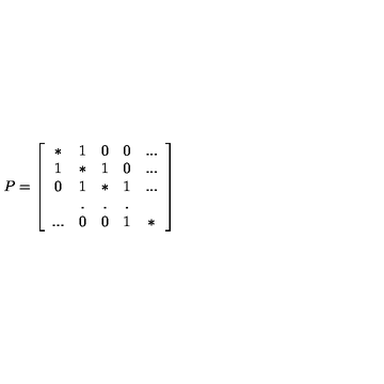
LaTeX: P = \left[ \begin{array} { c c c c c } { * } & { 1 } & { 0 } & { 0 } & { . . . } \\ { 1 } & { * } & { 1 } & { 0 } & { . . . } \\ { 0 } & { 1 } & { * } & { 1 } & { . . . } \\ { } & { . } & { . } & { . } & { } \\ { . . . } & { 0 } & { 0 } & { 1 } & { * } \\ \end{array} \right]